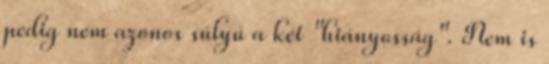
pedig nem azonos súlyú a két "hiányosság". Nem is